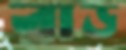
রাড